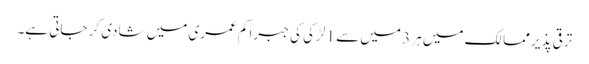
ترقی پذیر ممالک میں ہر 3 میں سے 1 لڑکی کی جبراً کم عمری میں شادی کر جاتی ہے۔